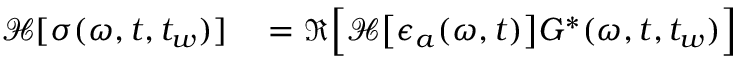
\begin{array} { r l } { \mathcal { H } [ \sigma ( \omega , t , t _ { w } ) ] } & { { } = \Re \Big [ \mathcal { H } \big [ \epsilon _ { a } ( \omega , t ) \big ] { G } ^ { * } ( \omega , t , t _ { w } ) \Big ] } \end{array}